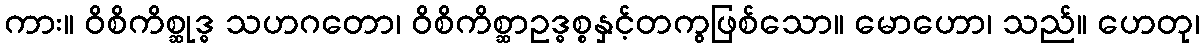
ကား။ ဝိစိကိစ္ဆုဒ္ဓ သဟဂတော၊ ဝိစိကိစ္ဆာဥဒ္ဓစ္စနှင့်တကွဖြစ်သော။ မောဟော၊ သည်။ ဟေတု၊